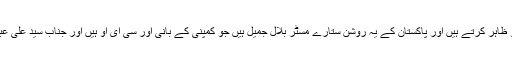
اس سرچ انجن کے ڈویلپرز ٹکنالوجی کے منصفانہ استعمال کو ظاہر کرتے ہیں اور پاکستان کے یہ روشن ستارے مسٹر بلال جمیل ہیں جو کمپنی کے بانی اور سی ای او ہیں اور جناب سید علی عباس حیدر جو shoppingum ڈاٹ کام کے جنرل منیجر ہیں۔